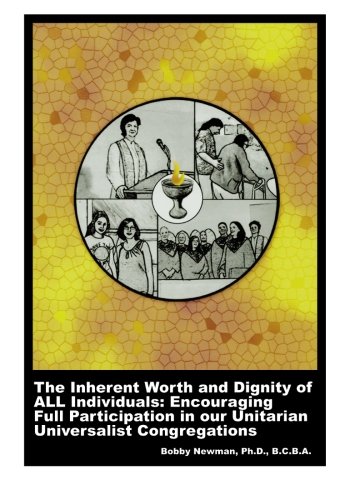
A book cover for The Inherent Worth and Dignity of ALL Individuals: Encouraging Full Participation in Our Unitarian Universalist Congregations; Bobby Newman Ph.D; Religion & Spirituality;